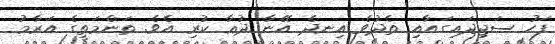
ފަހު ސަޖިދައިގައާއި ތެދުވެ އިނދެ އޭނާ ދުޢާ ކުރި އެވެ. ތަންމަތީގެ އަރާމު